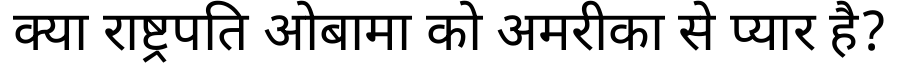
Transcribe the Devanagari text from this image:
क्या राष्ट्रपति ओबामा को अमरीका से प्यार है?